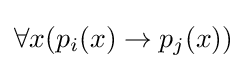
\forall x(p_{i}(x)\rightarrow p_{j}(x))